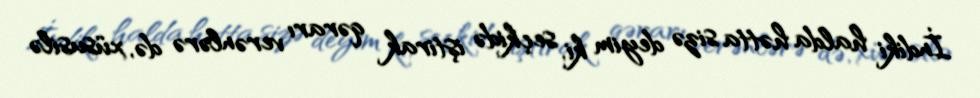
İndiki halda hətta sizə deyim ki, seçkidə iştirak qərarı verənlərə də, xüsusilə